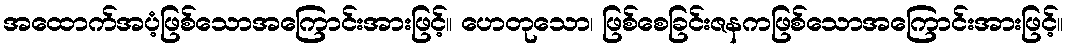
အထောက်အပံ့ဖြစ်သောအကြောင်းအားဖြင့်။ ဟေတုသော၊ ဖြစ်စေခြင်းဇနကဖြစ်သောအကြောင်းအားဖြင့်။